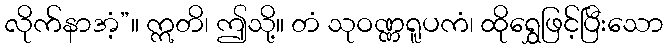
လိုက်နာအံ့”။ ဣတိ၊ ဤသို့။ တံ သုဝဏ္ဏရူပကံ၊ ထိုရွှေဖြင့်ပြီးသော